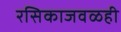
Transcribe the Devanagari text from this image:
रसिकाजवळही